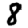
Digit: 8